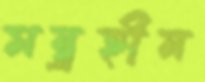
মন্ত্রহীন